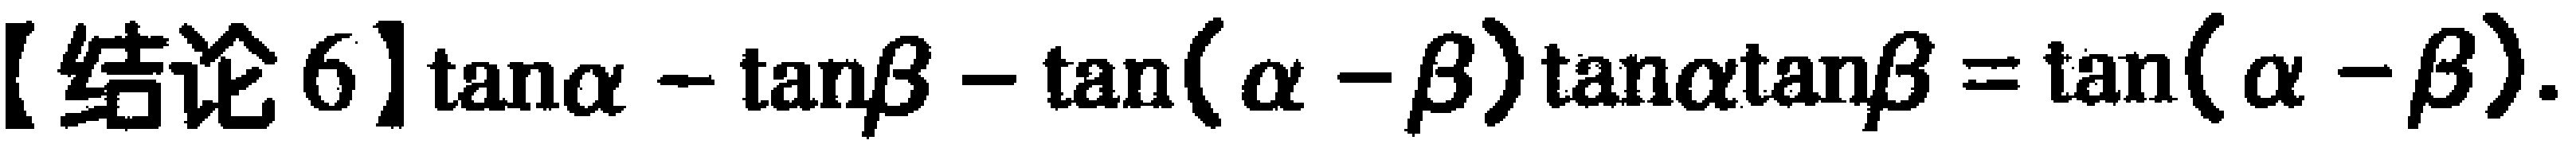
【结论6】$\tan\alpha - \tan\beta - \tan(\alpha - \beta)\tan\alpha\tan\beta = \tan(\alpha - \beta)$.